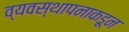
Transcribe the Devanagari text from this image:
व्यवस्थापनाकडून